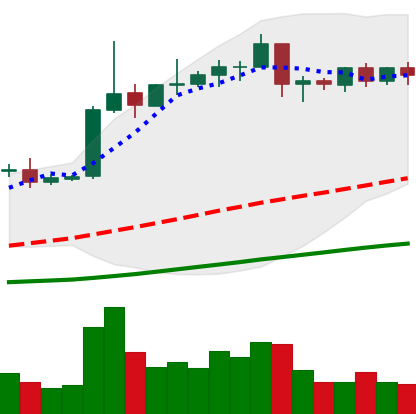
Ticker: EOS-USD
Chart end date: 2019-04-17
Forward return: -3.743%
Label: down_3_5